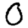
Digit: 0